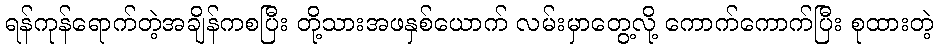
ရန်ကုန်ရောက်တဲ့အချိန်ကစပြီး တို့သားအဖနှစ်ယောက် လမ်းမှာတွေ့လို့ ကောက်ကောက်ပြီး စုထားတဲ့